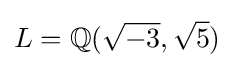
L=\mathbb {Q} ({\sqrt {-3}},{\sqrt {5}})